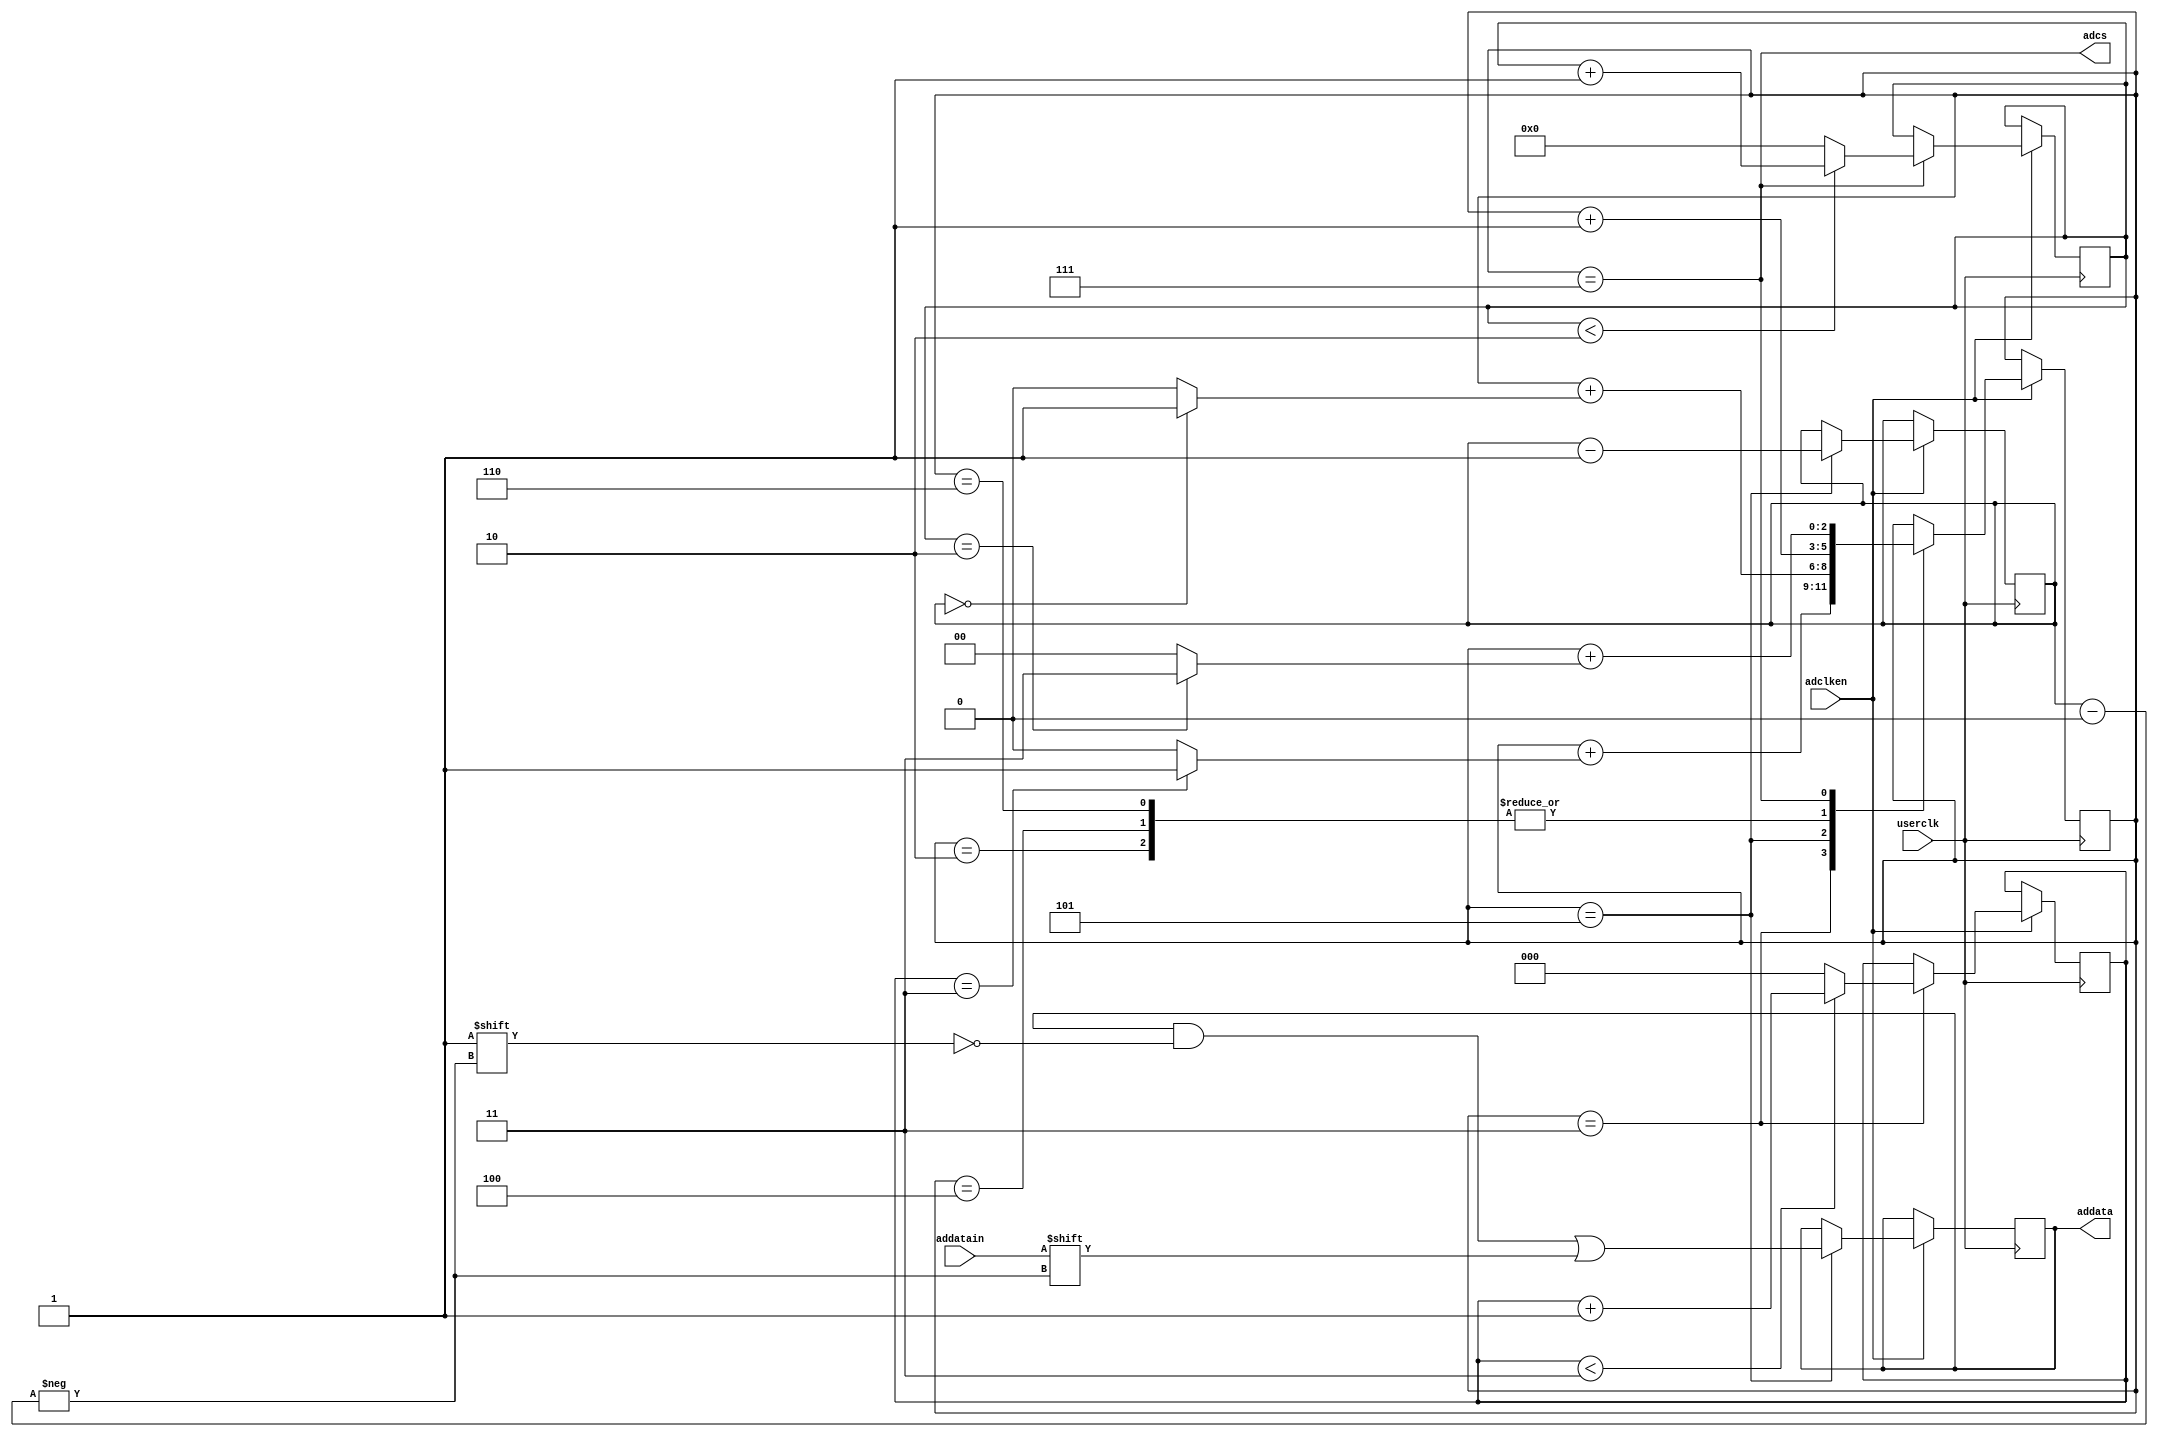

module ad7683(
    input adclken,
    output adcs,
    input userclk,
    input addatain,
    output  [15:0] addata
    );
  //  parameter start=3'b001;
    parameter cslow=3'b010;
    parameter cslowwait=3'b011;
    parameter datalow1=3'b100;
    parameter datatrans=3'b101;
    parameter datalow2=3'b110;
    parameter cshigh=3'b111; 
	
    reg [15:0] addata1;
    reg transfinish=1'b0;
    reg [2:0]state;
    reg [3:0] b;
    reg [2:0] waita;
    reg [3:0] waitc;
    
    initial begin waita=3'b0;waitc=4'b0;addata1=16'b0;b=4'b1111;transfinish=1'b0; end
    initial begin state=cshigh;end
  
    always@(posedge userclk)//wait1 cnt (250ns)
     begin
      if(adclken)begin
       if(state==cslowwait)
        begin
         if(waita<3'd3)
          waita<=waita+1;
         else
          waita<=3'b0;
        end  //state if
       end   //adclken if
      end
    wire waitaen=(waita==3'd3); //cs low wait enable}   begin 
 
    
    always@(posedge userclk)//wait2 cnt (400ns)
     begin
      if(adclken)begin
       if(state==cshigh)
        begin
         if(waitc<4'd2)
          waitc<=waitc+1;
         else
          waitc<=4'b0;
        end  //state if
       end   //adclken if
      end
    wire waitcen=(waitc==4'd2); //cs high wait enable
    

    always@(posedge userclk)
       begin
        if(adclken)
         begin
           if(state==datatrans)
            begin
             addata1[b]<=addatain;
             b=b-1'b1;
            end
           else
           addata1<=addata1;
          end  //adclken if
       end 
  wire waitben=(b==4'd0);
  
  
    always@(posedge userclk)
    begin
    if(adclken)
    begin
    case(state)
    //start:begin state=state+1'b1;end
    cslow:begin state=state+1'b1; end
    cslowwait:begin state=state+ ((waitaen==1'b1)? 1'd1:1'b0);end
    datalow1:begin state=state+1'b1; end
    datatrans:begin 
              state=state+( (waitben==1'b1)? 1'b1:1'b0);
              end
    datalow2:begin state=state+1'b1;end
    cshigh: begin  state = state+((waitcen==1'b1)? 3'd3:1'b0); end 
    endcase
    end //if   
    end //always
	
    assign adcs = (state==cshigh);
    assign addata = addata1;
    
endmodule